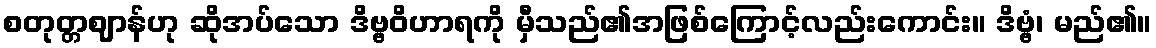
စတုတ္တဈာန်ဟု ဆိုအပ်သော ဒိဗ္ဗဝိဟာရကို မှီသည်၏အဖြစ်ကြောင့်လည်းကောင်း။ ဒိဗ္ဗံ၊ မည်၏။